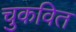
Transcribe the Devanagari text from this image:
चुकवित